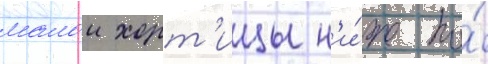
малои хорт'ицы н'и́же по́